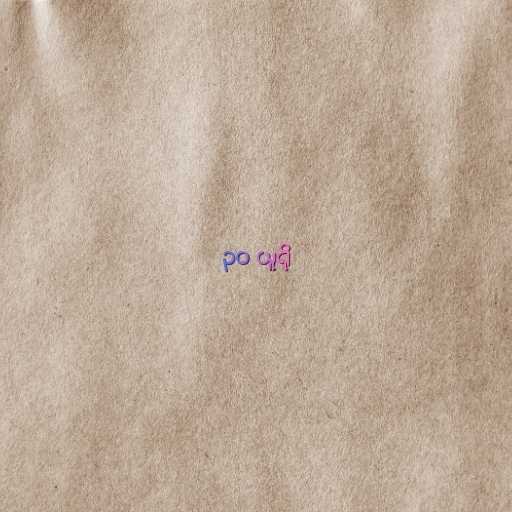
၃၀ ယူရို